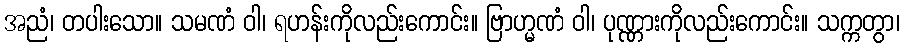
အညံ၊ တပါးသော။ သမဏံ ဝါ၊ ရဟန်းကိုလည်းကောင်း။ ဗြာဟ္မဏံ ဝါ၊ ပုဏ္ဏားကိုလည်းကောင်း။ သက္ကတွာ၊